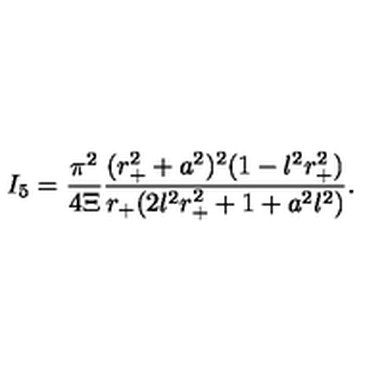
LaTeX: I _ { 5 } = \frac { \pi ^ { 2 } } { 4 \Xi } \frac { ( r _ { + } ^ { 2 } + a ^ { 2 } ) ^ { 2 } ( 1 - l ^ { 2 } r _ { + } ^ { 2 } ) } { r _ { + } ( 2 l ^ { 2 } r _ { + } ^ { 2 } + 1 + a ^ { 2 } l ^ { 2 } ) } .